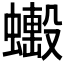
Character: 𧒼